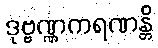
ဒုဗ္ဗဏ္ဏကရဏန္တိ